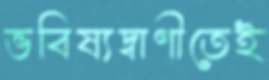
ভবিষ্যদ্বাণীতেই